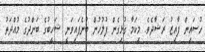
ހުސައިން ފާއިޒު ރަޝާދެވެ. މިކަމާ ގުޅިގެން ފުލުހުން ބުނެފައިވަނީ ޝަހީބުގެ ބަންދުގެ މުއްދަތު